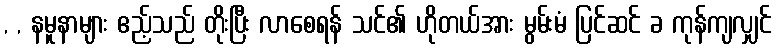
, , နမူနာများ ဧည့်သည် တိုးပြီး လာစေရန် သင်၏ ဟိုတယ်အား မွမ်းမံ ပြင်ဆင် ခ ကုန်ကျလျှင်